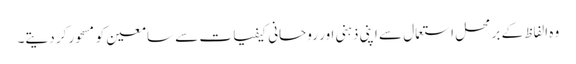
وہ الفاظ کے بر محل استعمال سے اپنی ذہنی اور روحانی کیفیات سے سامعین کو مسحور کر دیتے۔